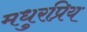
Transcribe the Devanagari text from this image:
मधुरप्रिय